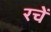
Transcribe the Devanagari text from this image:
रचें